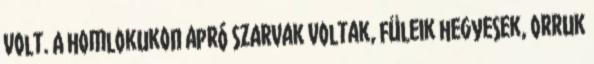
volt. A homlokukon apró szarvak voltak, füleik hegyesek, orruk